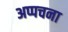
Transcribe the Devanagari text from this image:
अप्पचना